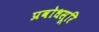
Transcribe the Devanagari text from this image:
प्रवोधसूरि